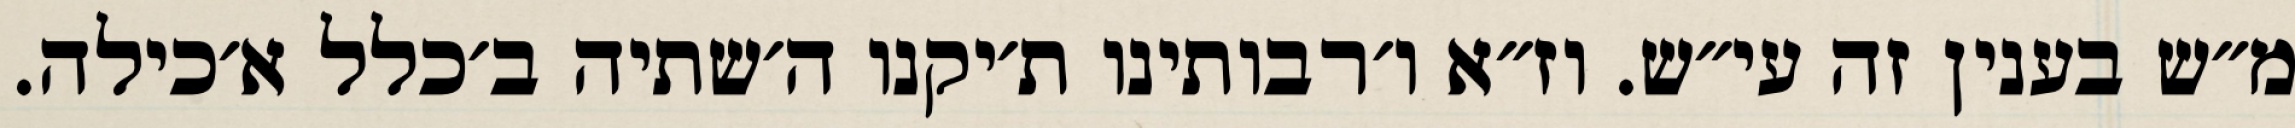
מ״ש בענין זה עי״ש. וז״א ו׳רבותינו ת׳יקנו ה׳שתיה ב׳כלל א׳כילה.